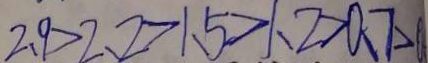
2 . 9 > 2 . 2 > 1 . 5 > 1 . 2 > 0 . 7 > 0